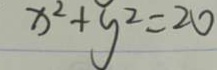
x ^ { 2 } + y ^ { 2 } = 2 0